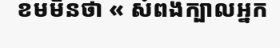
ខមមិនថា « សំពងក្បាលអ្នក